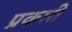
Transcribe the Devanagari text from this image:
प्रकारी